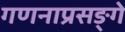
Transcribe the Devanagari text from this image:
गणनाप्रसङ्गे